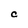
Character: C